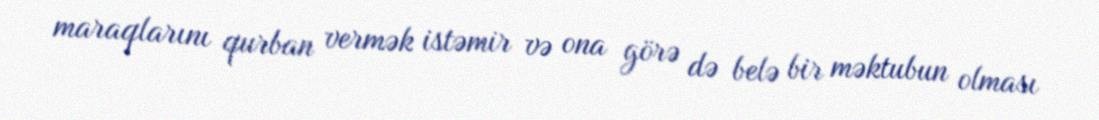
maraqlarını qurban vermək istəmir və ona görə də belə bir məktubun olması